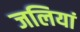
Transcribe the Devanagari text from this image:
जलियां